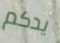
يدكم